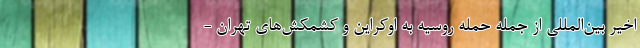
اخیر بین‌المللی از جمله حمله روسیه به اوکراین و کشمکش‌های تهران -